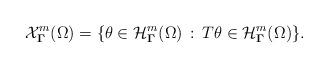
LaTeX: \begin{align*}\mathcal{X}_{\boldsymbol\Gamma}^m(\Omega) = \{ \theta\in \mathcal{H}_{\boldsymbol\Gamma}^m(\Omega)\,:\,T\theta\in \mathcal{H}_{\boldsymbol\Gamma}^m(\Omega)\}.\end{align*}